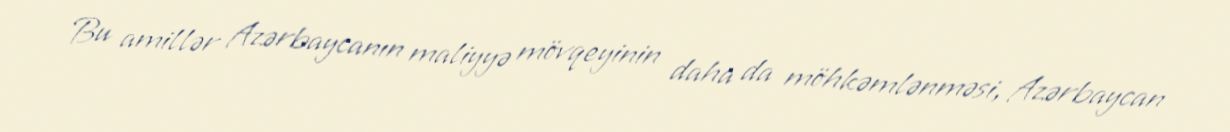
Bu amillər Azərbaycanın maliyyə mövqeyinin daha da möhkəmlənməsi, Azərbaycan